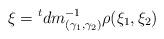
LaTeX: \begin{align*} \xi = {}^tdm_{(\gamma_1,\gamma_2)}^{-1}\rho(\xi_1,\xi_2)\end{align*}